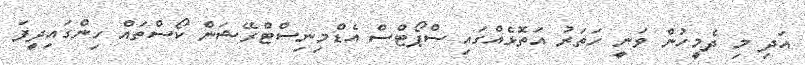
އަދި މި ދެމީހުން ވަނީ ހަތަރު އަތޮޅެއްގައި ސްޕޯޓްސް އެޑްމިނިސްޓްރޭޝަން ކޯސްތައް ހިންގައިދީފަ